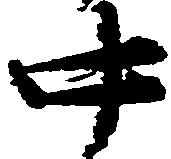
中